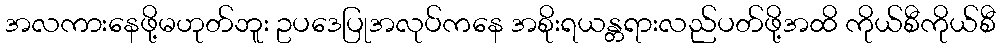
အလကားနေဖို့မဟုတ်ဘူး ဥပဒေပြုအလုပ်ကနေ အစိုးရယန္တရားလည်ပတ်ဖို့အထိ ကိုယ်စီကိုယ်စီ